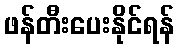
ဖန်တီးပေးနိုင်ရန်